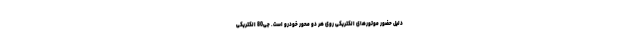
دلیل حضور موتورهای الکتریکی روی هر دو محور خودرو است. جی80 الکتریکی